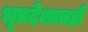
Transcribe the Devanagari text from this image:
भूप्रदेशातही